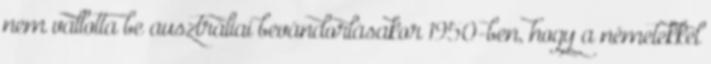
nem vallotta be ausztráliai bevándorlásakor 1950-ben, hogy a németekkel